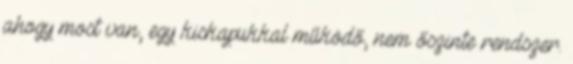
ahogy most van, egy kiskapukkal működő, nem őszinte rendszer.